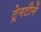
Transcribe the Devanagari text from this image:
ट्रेनटीनें